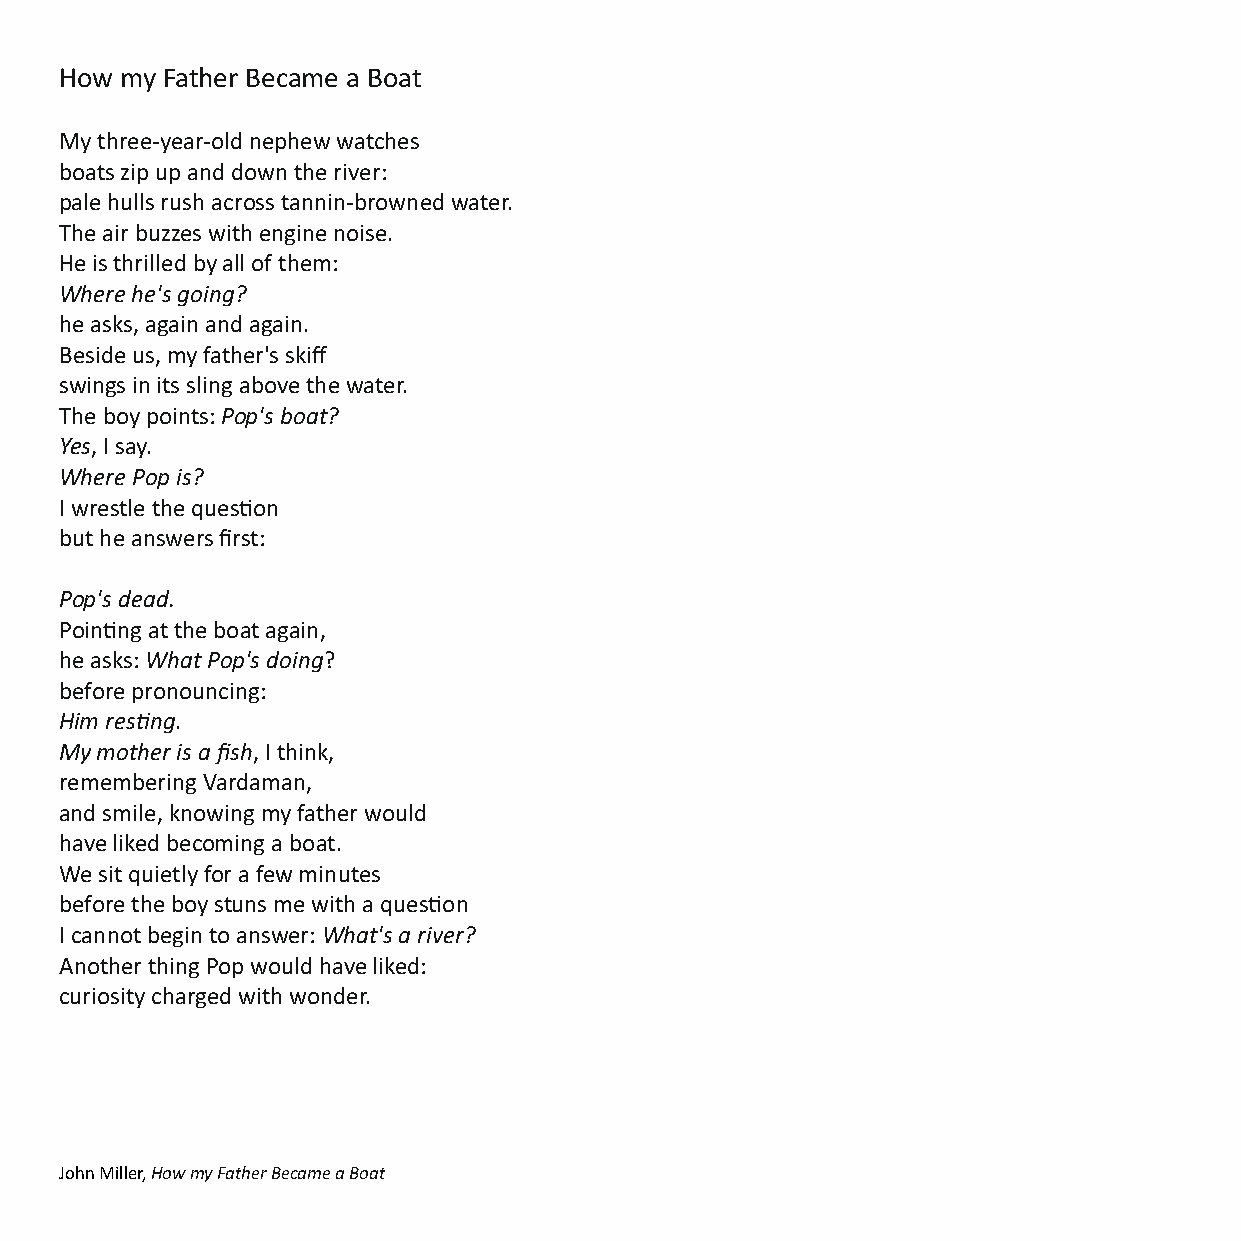
How my Father Became a Boat
 My three-year-old nephew watches
 boats zip up and down the river:
 pale hulls rush across tannin-browned water.
 The air buzzes with engine noise.
 He is thrilled by all of them:
 Where he's going?
 he asks, again and again.
 Beside us, my father's skiff
 swings in its sling above the water.
 The boy points: Pop's boat?
 Yes, I say.
 Where Pop is?
 I wrestle the queson
 but he answers first:
 Pop's dead.
 Poinng at the boat again,
 he asks: What Pop's doing?
 before pronouncing:
 Him resng.
 My mother is a fish, I think,
 remembering Vardaman,
 and smile, knowing my father would
 have liked becoming a boat.
 We sit quietly for a few minutes
 before the boy stuns me with a queson
 I cannot begin to answer: What's a river?
 Another thing Pop would have liked:
 curiosity charged with wonder.
 John Miller, How my Father Became a Boat